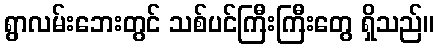
ရွာလမ်းဘေးတွင် သစ်ပင်ကြီးကြီးတွေ ရှိသည်။